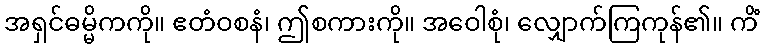
အရှင်ဓမ္မိကကို။ ဧတံဝစနံ၊ ဤစကားကို။ အဝေါစုံ၊ လျှောက်ကြကုန်၏။ ကိံ